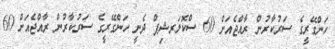
ހަންގޭރީގެ ސަރުކާރުން ރާއްޖެއަށް 60 ސްކޮލަރޝިޕް ދެނީ ހަންގޭރީގެ ސަރުކާރުން ރާއްޖެއަށް 60